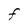
Character: F